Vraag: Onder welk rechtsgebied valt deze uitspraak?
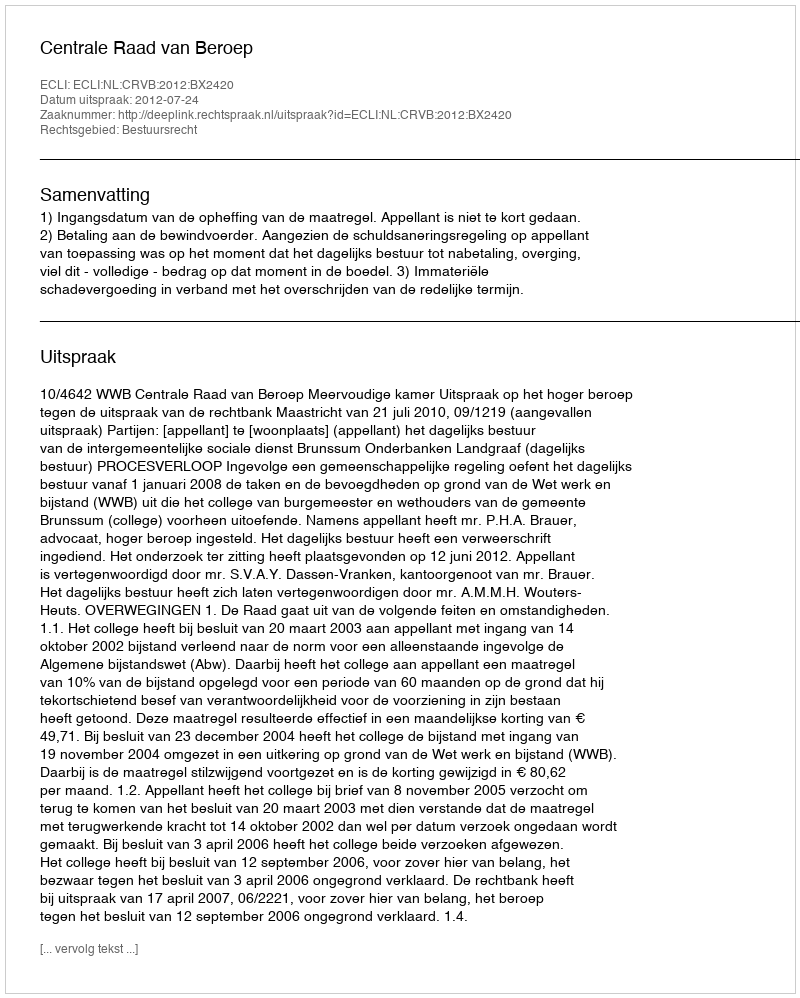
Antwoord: Bestuursrecht